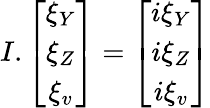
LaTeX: I.\left[\begin{array}{c}{{\xi_{Y}}}\\ {{\xi_{Z}}}\\ {{\xi_{v}}}\end{array}\right]=\left[\begin{array}{c}{{i\xi_{Y}}}\\ {{i\xi_{Z}}}\\ {{i\xi_{v}}}\end{array}\right]